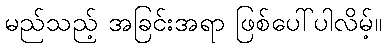
မည်သည့် အခြင်းအရာ ဖြစ်ပေါ်ပါလိမ့်။